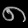
Digit: ၈